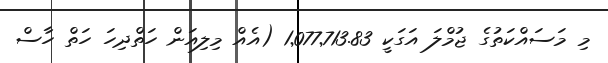
މި މަސައްކަތުގެ ޖުމްލަ އަގަކީ 1